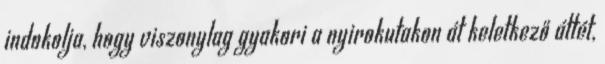
indokolja, hogy viszonylag gyakori a nyirokutakon át keletkező áttét,